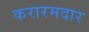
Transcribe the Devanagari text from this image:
करारमदार